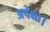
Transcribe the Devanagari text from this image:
अपेक्षा।